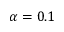
\alpha = 0 . 1